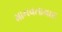
માનવતાવાદ